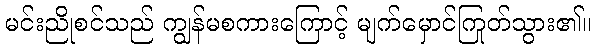
မင်းညိုစင်သည် ကျွန်မစကားကြောင့် မျက်မှောင်ကြုတ်သွား၏။